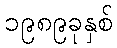
၁၉၈၉ခုနှစ်